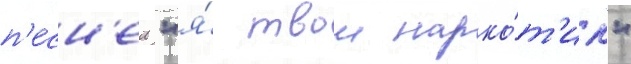
п'есн'еи "я́ твои нарко́т'ик"